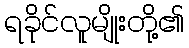
ရခိုင်လူမျိုးတို့၏